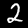
Digit: 2